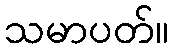
သမာပတ်။